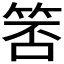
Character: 𬕃